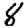
Digit: 8